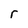
Character: r